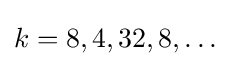
k=8,4,32,8,\dots